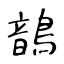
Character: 鶕